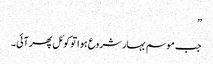
”
جب موسم بہار شروع ہوا تو کوئل پھر آئی۔